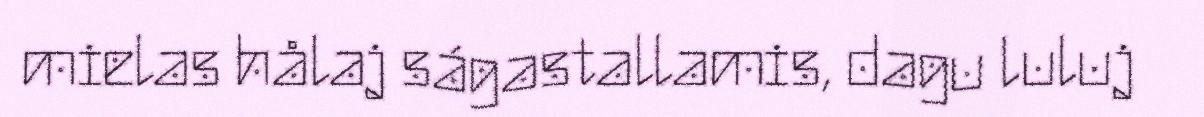
mielas hålaj ságastallamis, dagu luluj